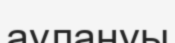
аулануы